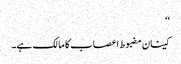
‘‘
کینان مضبوط اعصاب کا مالک ہے۔